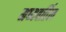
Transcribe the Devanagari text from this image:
मध्यवर्तित्व